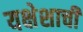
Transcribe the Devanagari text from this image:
यक्षेशाची